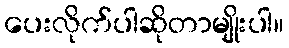
ပေးလိုက်ပါဆိုတာမျိုးပါ။